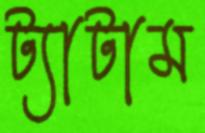
ট্যাটাম